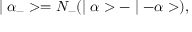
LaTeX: \mid \alpha _ { - } > = N _ { - } ( \mid \alpha > - \mid - \alpha > ) ,